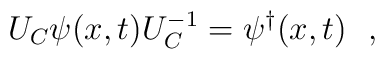
U_C\psi(x,t) U_C^{-1}=\psi^{\dagger}(x,t) \ \ ,